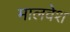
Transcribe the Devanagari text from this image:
मालवेश